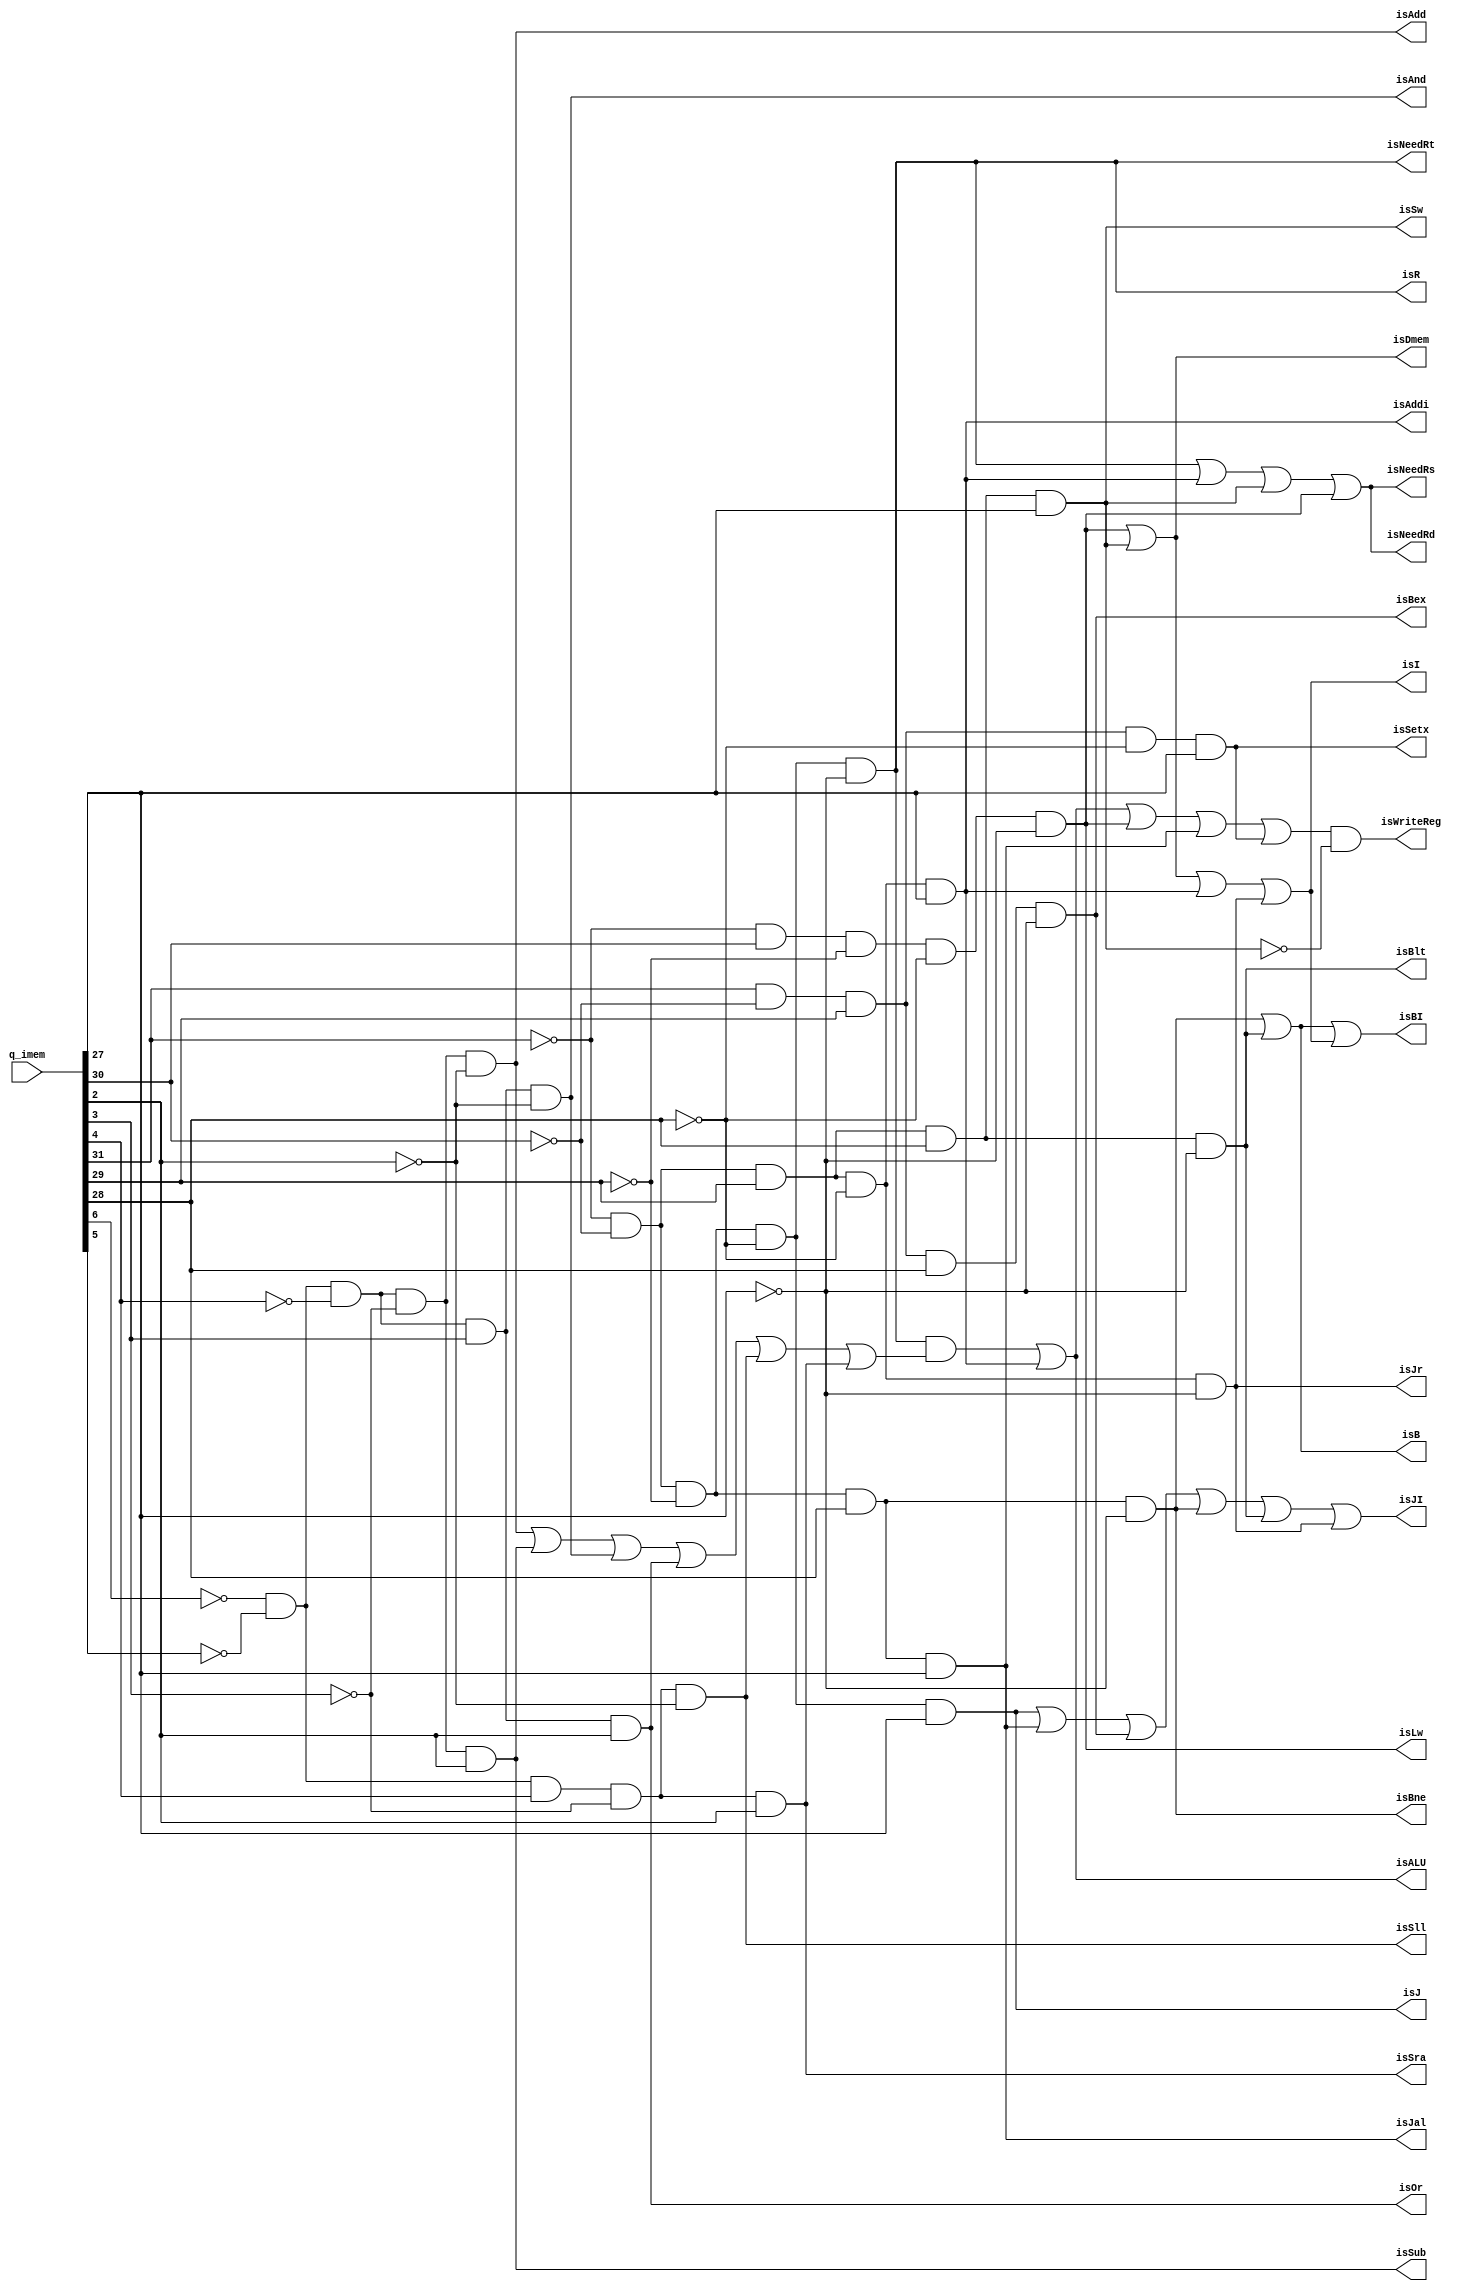
module operchecker(input [31:0] q_imem,
						output isR,
						output isI,
						output isALU,
						output isAdd,
						output isAddi,
						output isSub,
						output isAnd,
						output isOr,
						output isSll,
						output isSra,
						output isSw,
						output isLw,
						output isDmem,
						output isNeedRd,
						output isNeedRs,
						output isNeedRt,
						output isWriteReg,
						output isJ,
						output isBne,
						output isJal,
						output isJr,
						output isBlt,
						output isBex,
						output isSetx,
						output isJI,
						output isB,
						output isBI);

	// check instruction type
	assign isR = (~q_imem[31])&(~q_imem[30])&(~q_imem[29])&(~q_imem[28])&(~q_imem[27]);
	assign isAddi = (~q_imem[31])&(~q_imem[30])&(q_imem[29])&(~q_imem[28])&(q_imem[27]);
	assign isSw = (~q_imem[31])&(~q_imem[30])&(q_imem[29])&(q_imem[28])&(q_imem[27]);
	assign isLw = (~q_imem[31])&(q_imem[30])&(~q_imem[29])&(~q_imem[28])&(~q_imem[27]);	
	
	// check JII type
	assign isJr = (~q_imem[31])&(~q_imem[30])&(q_imem[29])&(~q_imem[28])&(~q_imem[27]);//00100
	
	assign isI = isLw | isSw | isAddi | isJr;
	assign isDmem = isLw | isSw;
	
	// check Rd, Rs, Rt are needed
	assign isNeedRd = isR|isAddi|isSw|isLw;
	assign isNeedRs = isR|isAddi|isSw|isLw;
	assign isNeedRt = isR;
	
	// alu check
	assign isAdd = (~q_imem[6])&(~q_imem[5])&(~q_imem[4])&(~q_imem[3])&(~q_imem[2]);
	assign isSub = (~q_imem[6])&(~q_imem[5])&(~q_imem[4])&(~q_imem[3])&(q_imem[2]);
	assign isAnd = (~q_imem[6])&(~q_imem[5])&(~q_imem[4])&(q_imem[3])&(~q_imem[2]);
	assign isOr = (~q_imem[6])&(~q_imem[5])&(~q_imem[4])&(q_imem[3])&(q_imem[2]);
	assign isSll = (~q_imem[6])&(~q_imem[5])&(q_imem[4])&(~q_imem[3])&(~q_imem[2]);
	assign isSra = (~q_imem[6])&(~q_imem[5])&(q_imem[4])&(~q_imem[3])&(q_imem[2]);
	
	assign isALU = ((isR) & ((isAdd)|(isSub)|(isAnd)|(isOr)|(isSll)|(isSra))) | (isAddi);
	
	// check JI type
	assign isJ = (~q_imem[31])&(~q_imem[30])&(~q_imem[29])&(~q_imem[28])&(q_imem[27]);//00001
	assign isJal = (~q_imem[31])&(~q_imem[30])&(~q_imem[29])&(q_imem[28])&(q_imem[27]);//00011
	assign isBex = (q_imem[31])&(~q_imem[30])&(q_imem[29])&(q_imem[28])&(~q_imem[27]);//10110
	assign isSetx = (q_imem[31])&(~q_imem[30])&(q_imem[29])&(~q_imem[28])&(q_imem[27]);//10101
	
	// bne and blt
	assign isBne = (~q_imem[31])&(~q_imem[30])&(~q_imem[29])&(q_imem[28])&(~q_imem[27]);//00010
	assign isBlt = (~q_imem[31])&(~q_imem[30])&(q_imem[29])&(q_imem[28])&(~q_imem[27]);//00110
	
	
	assign isB = isBne | isBlt;
	assign isJI = isJ | isJal | isBex | isBne | isBlt | isJr;
	assign isBI = isB | isI;
	
	// Write Reg check
	assign isWriteReg = (isALU | isLw | isJal | isSetx) & (~isSw);
	 
endmodule